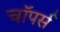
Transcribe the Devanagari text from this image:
चाॅपर्स